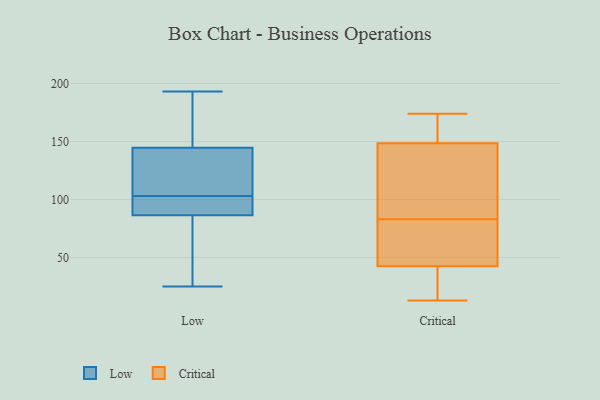
{"axis": {"x": "Page Views", "y": "Value"}, "legend": ["Critical", "Low"], "data": [{"x": "", "y": 88, "type": "Low"}, {"x": "", "y": 86, "type": "Low"}, {"x": "", "y": 164, "type": "Low"}, {"x": "", "y": 99, "type": "Low"}, {"x": "", "y": 103, "type": "Low"}, {"x": "", "y": 55, "type": "Low"}, {"x": "", "y": 137, "type": "Low"}, {"x": "", "y": 147, "type": "Low"}, {"x": "", "y": 123, "type": "Low"}, {"x": "", "y": 25, "type": "Low"}, {"x": "", "y": 193, "type": "Low"}, {"x": "", "y": 165, "type": "Critical"}, {"x": "", "y": 46, "type": "Critical"}, {"x": "", "y": 13, "type": "Critical"}, {"x": "", "y": 83, "type": "Critical"}, {"x": "", "y": 159, "type": "Critical"}, {"x": "", "y": 174, "type": "Critical"}, {"x": "", "y": 32, "type": "Critical"}, {"x": "", "y": 102, "type": "Critical"}, {"x": "", "y": 116, "type": "Critical"}, {"x": "", "y": 145, "type": "Critical"}, {"x": "", "y": 46, "type": "Critical"}, {"x": "", "y": 29, "type": "Critical"}, {"x": "", "y": 47, "type": "Critical"}]}